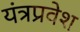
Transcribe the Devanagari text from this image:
यंत्रप्रवेश